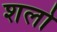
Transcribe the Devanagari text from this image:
शलो